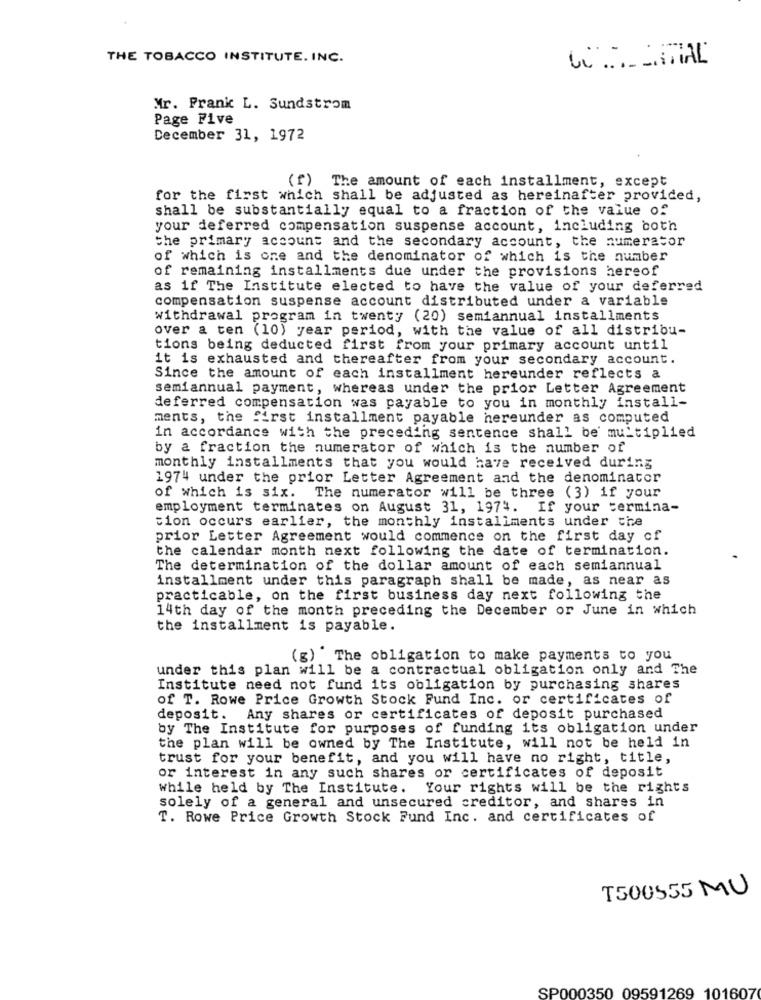
THE TOBACCO INSTITUTE. INC.
Mr. Prank L. Sundstrom
Page Five
December 31, 1972
(f) The amount of each installment, except
for the first which shall be adjusted as hereinafter provided,
shall be substantially equal to a fraction of the value of
your deferred compensation suspense account, including both
the primary account and the secondary account, the numerator
of which is one and the denominator of which is the number
of remaining installments due under the provisions hereof
as if The Institute elected to have the value of your deferred
compensation suspense account distributed under a variable
withdrawal program in twenty (20) semiannual installments
over a ten (10) year period, with the value of all distribu-
tions being deducted first from your primary account until
it is exhausted and thereafter from your secondary account.
Since the amount of each installment hereunder reflects a
semiannual payment, whereas under the prior Letter Agreement
deferred compensation was payable to you in monthly install-
ments, the first installment payable hereunder as computed
in accordance with the preceding sentence shall be' multiplied
by a fraction the numerator of which is the number of
monthly installments that you would have received during
1974 under the prior Letter Agreement and the denominator
of which is six. The numerator will be three (3) if your
employment terminates on August 31, 1974. If your termina-
tion occurs earlier, the monthly installments under the
prior Letter Agreement would commence on the first day of
the calendar month next following the date of termination.
The determination of the dollar amount of each semiannual
installment under this paragraph shall be made, as near as
practicable, on the first business day next following the
14th day of the month preceding the December or June in which
the installment is payable.
( g) The obligation to make payments to you
under this plan will be a contractual obligation only and The
Institute need not fund its obligation by purchasing shares
of T. Rowe Price Growth Stock Fund Inc. or certificates of
deposit. Any shares or certificates of deposit purchased
by The Institute for purposes of funding its obligation under
the plan will be owned by The Institute, will not be held in
trust for your benefit, and you will have no right, title,
or interest in any such shares or certificates of deposit
while held by The Institute. Your rights will be the rights
solely of a general and unsecured creditor, and shares in
T. Rowe Price Growth Stock Fund Inc. and certificates of
T500555 MU
SP000350 09591269 101607